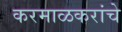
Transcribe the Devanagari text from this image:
करमाळकरांचे